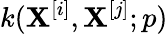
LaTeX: k(\mathbf{X}^{[i]},\mathbf{X}^{[j]};p)